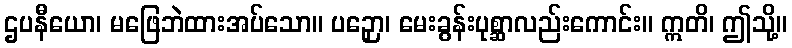
ဌပနီယော၊ မဖြေဘဲထားအပ်သော။ ပဉှော၊ မေးခွန်းပုစ္ဆာလည်းကောင်း။ ဣတိ၊ ဤသို့။